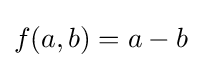
f(a,b)=a-b